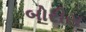
બોરીસ